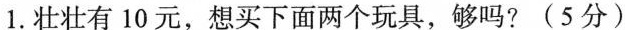
1.壮壮有10元，想买下面两个玩具，够吗?(5分)